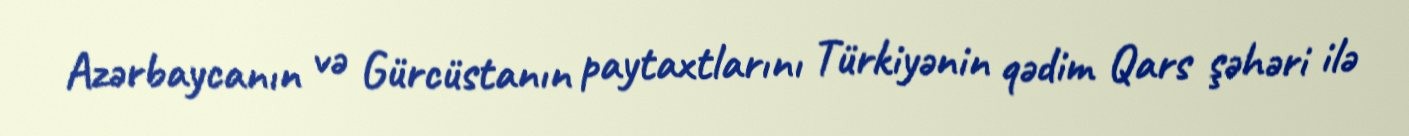
Azərbaycanın və Gürcüstanın paytaxtlarını Türkiyənin qədim Qars şəhəri ilə